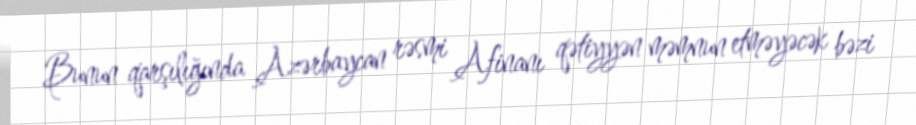
Bunun qarşılığında Azərbaycan rəsmi Afinanı qətiyyən məmnun etməyəcək bəzi